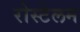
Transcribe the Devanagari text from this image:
रोस्टेलम